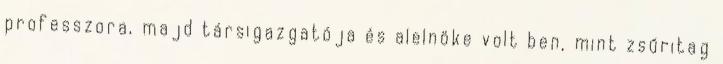
professzora, majd társigazgatója és alelnöke volt ben, mint zsűritag